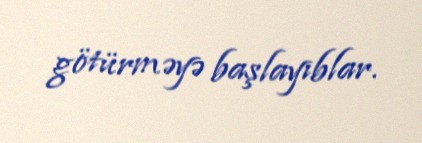
götürməyə başlayıblar.